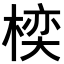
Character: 𪲱